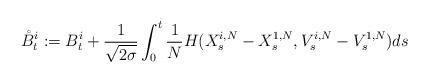
LaTeX: \begin{align*}\mathring{B}_t^i:=B_t^i+\frac{1}{\sqrt{2\sigma}}\int_0^t\frac{1}{N}H(X^{i,N}_s-X^{1,N}_s,V^{i,N}_s-V^{1,N}_s)ds\end{align*}